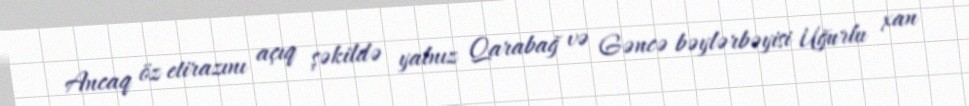
Ancaq öz etirazını açıq şəkildə yalnız Qarabağ və Gəncə bəylərbəyisi Uğurlu xan